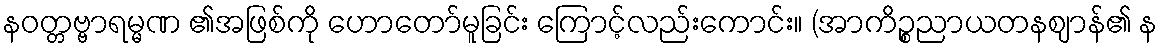
နဝတ္တဗ္ဗာရမ္မဏ ၏အဖြစ်ကို ဟောတော်မူခြင်း ကြောင့်လည်းကောင်း။ (အာကိဉ္စညာယတနဈာန်၏ န